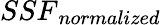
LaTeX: {SSF}_{normalized}